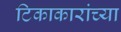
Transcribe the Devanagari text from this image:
टिकाकारांच्या